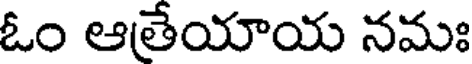
ఓం ఆతేయాయ నమః